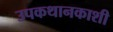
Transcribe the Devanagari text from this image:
उपकथानकाशी